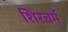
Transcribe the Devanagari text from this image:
शिरचर्म